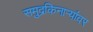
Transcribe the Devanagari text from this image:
समुद्रकिनाऱ्यांवर